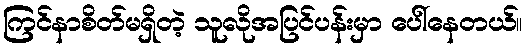
ကြင်နာစိတ်မရှိတဲ့ သူလိုအပြင်ပန်းမှာ ပေါ်နေတယ်။